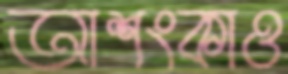
আশংকাও